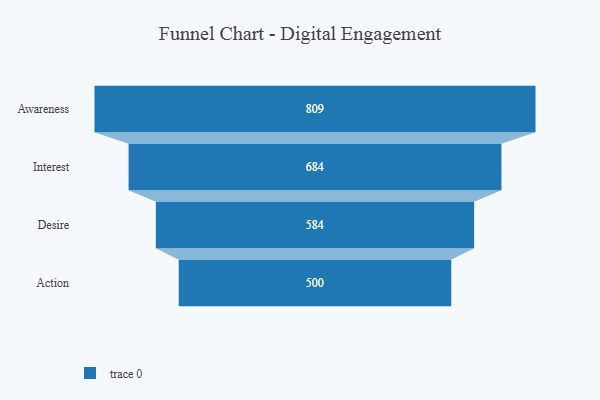
{"axis": {"x": "Stage", "y": "Value"}, "legend": [""], "data": [{"x": "Awareness", "y": 809.0, "type": ""}, {"x": "Interest", "y": 684.0, "type": ""}, {"x": "Desire", "y": 584.0, "type": ""}, {"x": "Action", "y": 500, "type": ""}]}